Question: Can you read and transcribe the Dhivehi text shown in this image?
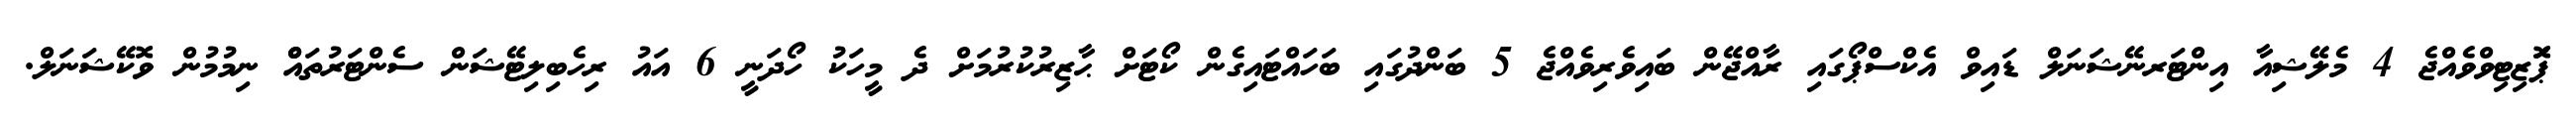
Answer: ޕަޮޒިޓިވްވެއްޖެ 4 މެލޭޝިއާ އިންޓަރނޭޝަނަލް ޑައިވް އެކްސްޕޯގައި ރާއްޖޭން ބައިވެރިވެއްޖެ 5 ބަންދުގައި ބަހައްޓައިގެން ކޯޓަށް ޙާޒިރުކުރުމަށް ދެ މީހަކު ހޯދަނީ 6 އައު ރިހެބިލިޓޭޝަން ސެންޓަރުތައްް ނިމުމުން ވޮކޭޝަނަލް.